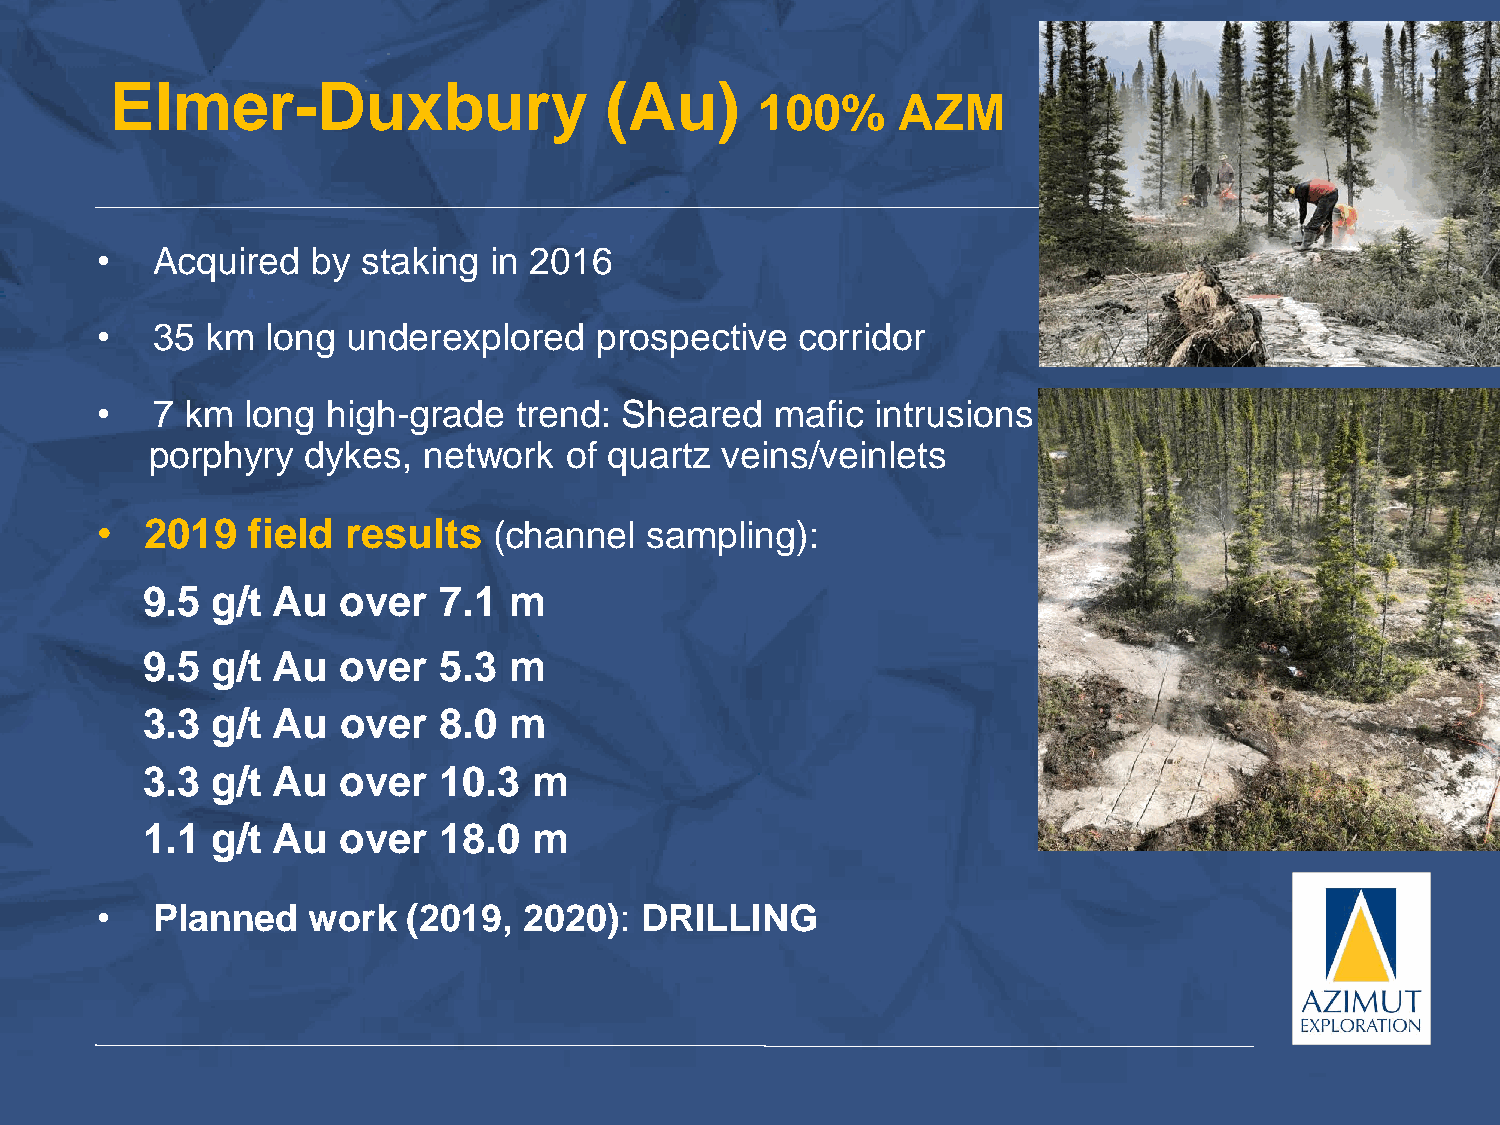
Elmer-Duxbury                    (Au)
 100%     AZM
 •   Acquired   by staking in 2016
 •   35  km  long underexplored    prospective  corridor
 •   7 km  long  high-grade  trend: Sheared   mafic  intrusions
 porphyry  dykes,  network  of quartz  veins/veinlets
 •   2019  field  results   (channel  sampling):
 9.5  g/t Au   over  7.1  m
 9.5  g/t Au   over  5.3  m
 3.3  g/t Au   over  8.0  m
 3.3  g/t Au   over  10.3  m
 1.1  g/t Au   over  18.0  m
 •   Planned   work   (2019,  2020): DRILLING